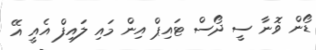
ޑޯން ވޮނާ ސީ ދޯސް ޓައިޕް އިން މައި ލައިފް އެއީ އޭ